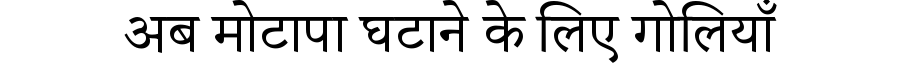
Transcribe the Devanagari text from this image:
अब मोटापा घटाने के लिए गोलियाँ